Indian journal of veterinary science and animal husbandry - Volumes 26-27, 1956-1957
Year: 1956
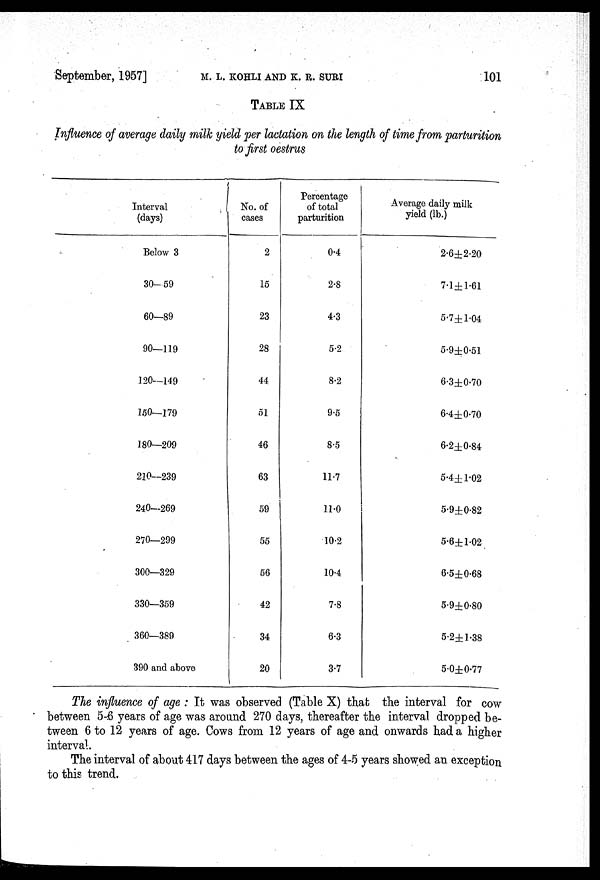
September, 1957]
M.
L.
KOHLI
AND
K.
R.
SURI
101
TABLE IX
Influence of average daily milk yield per lactation on the length of time from parturition
to first oestrus
Interval
(days)
Below 3
30—59
60—89
90—119
120—149
150—179
180—209
210—239
240—269
270—299
300—329
330—359
360—389
390 and above
No. of
cases
2
15
23
28
44
51
46
63
59
55
56
42
34
20
Percentage
of total
parturition
0.4
2.8
4.3
5.2
8.2
9.5
8.5
11.7
11.0
10.2
10.4
7.8
6.3
3.7
Average daily milk
yield (lb.)
2.6±2.20
7.1±1.61
5.7±1.04
5.9±0.51
6.3±0.70
6.4±0.70
6.2±0.84
5.4±1.02
5.9±0.82
5.6±1.02
6.5±0.68
5.9±0.80
5.2±1.38
5.0±0.77
The influence of age : It was observed (Table X) that the interval for cow
between 5-6 years of age was around 270 days, thereafter the interval dropped be-
tween 6 to 12 years of age. Cows from 12 years of age and onwards had a higher
interval.
The interval of about 417 days between the ages of 4-5 years showed an exception
to this trend.